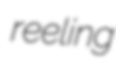
reeling